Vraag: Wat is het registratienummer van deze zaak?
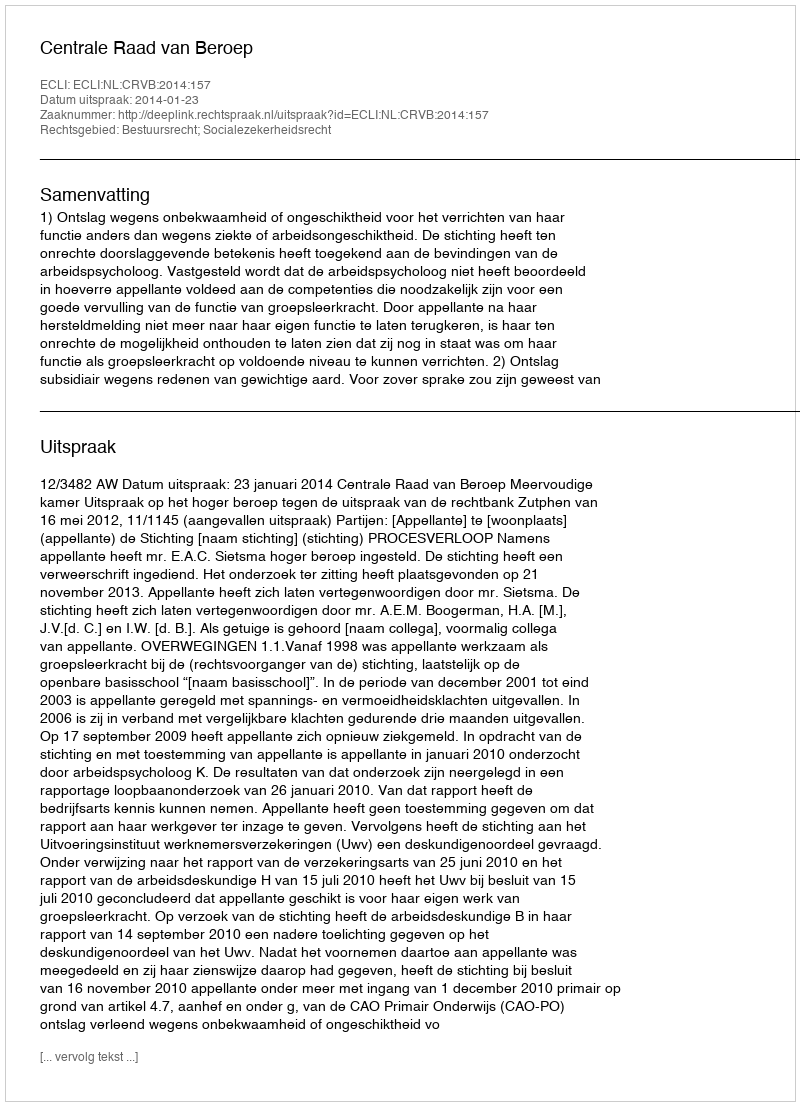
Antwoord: http://deeplink.rechtspraak.nl/uitspraak?id=ECLI:NL:CRVB:2014:157